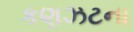
કણઝટના